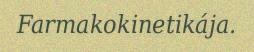
Farmakokinetikája.